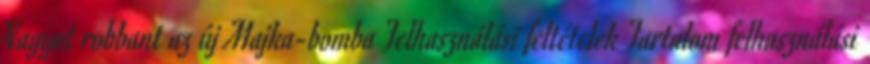
Nagyot robbant az új Majka-bomba Felhasználási feltételek Tartalom felhasználási